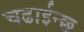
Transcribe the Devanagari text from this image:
चढाईन्छ